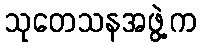
သုတေသနအဖွဲ့က